V__Kingissepa_nim__kolhoos, lk 97
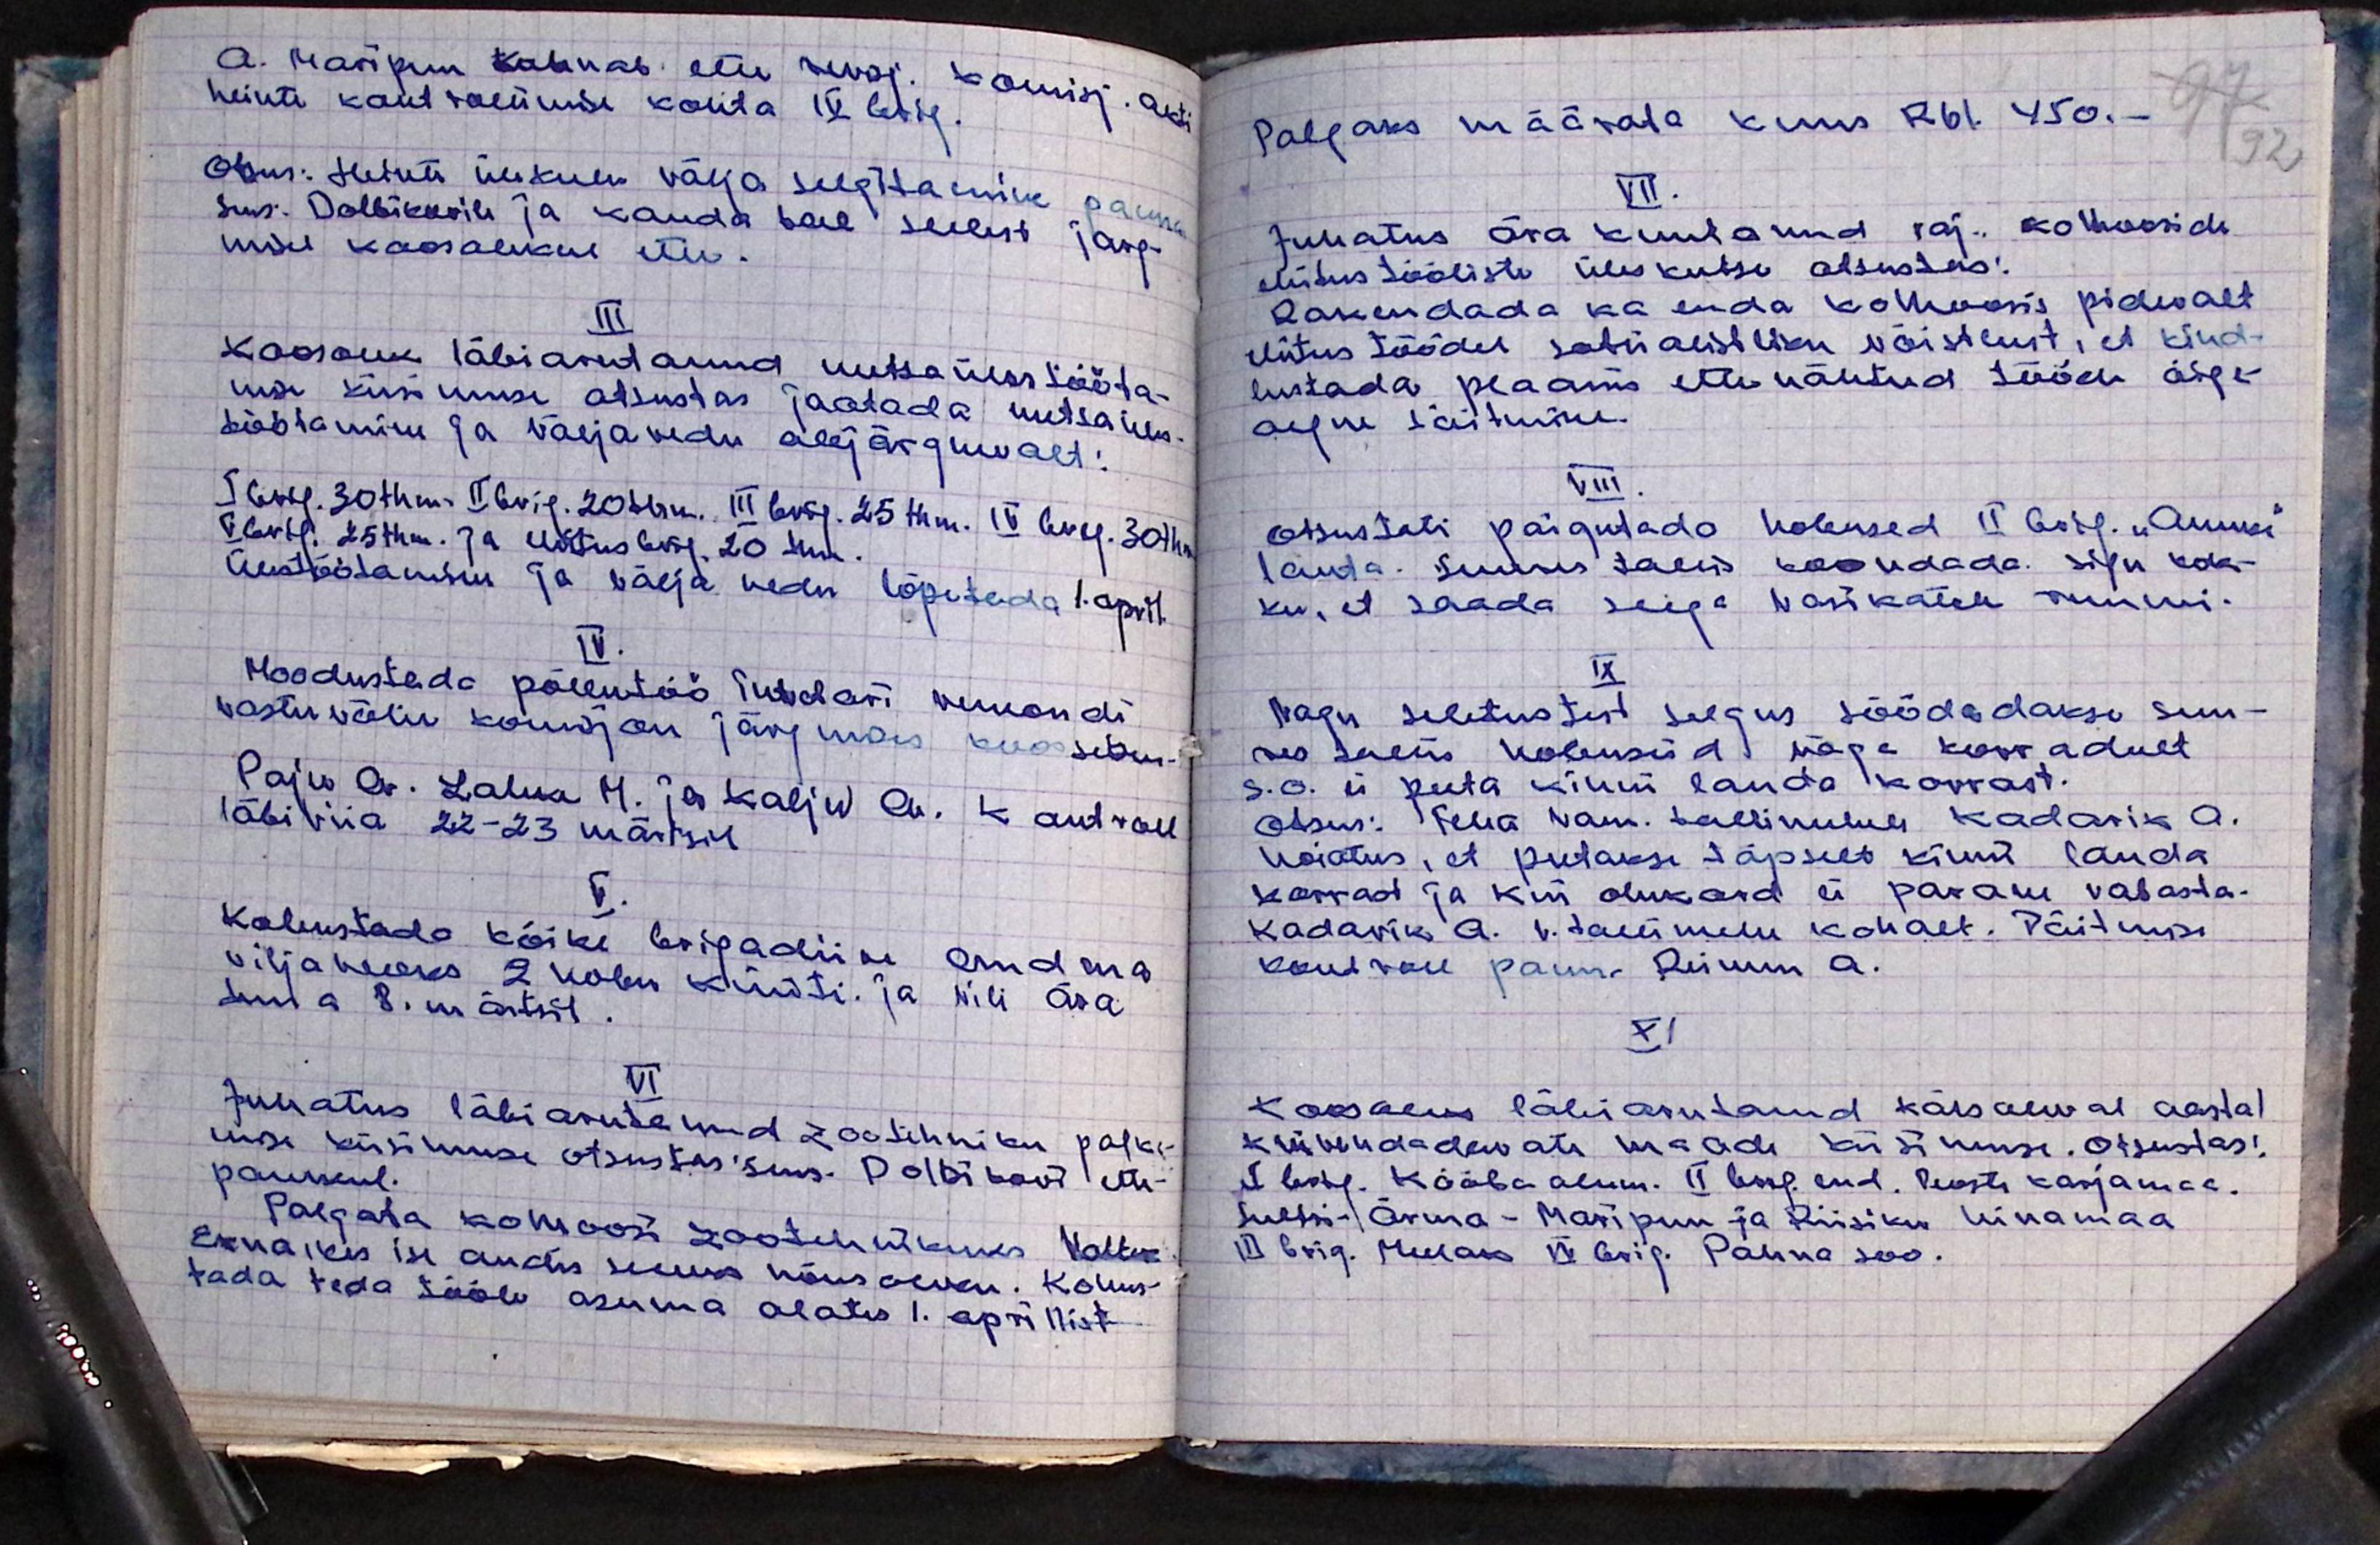
A. Maripuu kannab ette revisj. Komisj. akti
heinte kontrollimise kohta IV brig.
Otsus: Heinte üleküen välja selgitamine panna.
smd. Dolbikovile ja kanda tel sellest järg-
misel koosolekul ette.
III
Koosolek läbi arutanud metsa üles tööta-
mise küsimuse otsustas jaotada metsa üles-
töötamine ja väljavedu alljärgnevalt:
I brig. 30 thm. II brigg. 20 thm. III brig. 25 thm. IV brig. 30 thm.
V brig 25 thm. ja Uldus brig. 20 thm.
Üestöötamine ja välja vedu lõpetada 1. april
IV.
Moodustada põllutöö Suhelavi remondi
vastuvõtu komisjon järgnevaks koosolekuks
Paju A. Lahke M. ja Kalju Oh. Kontroll
läbiviia 22-23 märtsil
V.
kohustada kõike brigadiiri andma
vilja veoks 2 kolu Küüti ja vili ära
tuua 8. märtsil
VI
Juhatus läbi arutanud zootehniku palka-
mise küsimuse otsustas siis. Dolbikovi ette-
panekul.
Palgata kolhoosi zootehnikuks Valter
Erna, kes ise andis selleks nõusoleku. Kohus-
tada teda tööle asuma alates 1. aprillist

Palgaks määrata kuus Rbl. 450.-
97 92
VII.
Juhatus ära kuulanud raj. kolhooside
ehitustööliste üleskutse otsustas:
Rakendada ka enda kolhoosis pidevalt
ehitus töödel sabinawtliku võistlust, et kind-
lustada plaanis ette nähtud tööde õige-
aegne täitmine.
VIII.
Otsustati paigutada hobused II brig. "Annus"
lauta. Suures laew koondada. sigu kok-
ku, et saada seega vasikatele ruumi.
IX
Nagu seletustest selgus söödedakse suu-
res Laen hobuseid väga korradult
s.o. ei peeta kinni lauda korrast.
Otsus: Teha van. tallimehele Kadarik A.
hoiatus, et peetaks täpselt kinni lauda
korrast ja kui olukord ei parane vabasta-
Kadarik A. v. tallimehe kohalt. Täitmise
kontroll panna Reinem A.
XI
koosolek läbiarutanud käesoleaval aastal
külvatavate maade küsimusi. Otsustas:
I brig. Kääba alum. II brig. end. Posti karjamaa.
Sultis-Ärma-Maripuu ja Riisiku Uinamaa
III brig. Mulaks IV brig. Pahna soo.